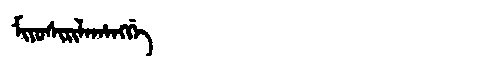
Manchu: ᠮᡳᠶᠣᠰᡳᡵᡳᠯᠠᡥᠠᠩᡤᡝ
Romanization: MIYOSIRILAHANGGE